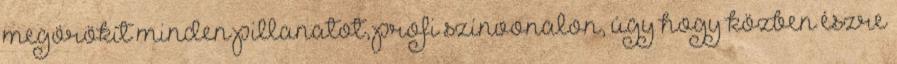
megörökít minden pillanatot, profi színvonalon, úgy hogy közben észre